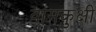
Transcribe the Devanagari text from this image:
वामकुक्षी